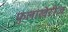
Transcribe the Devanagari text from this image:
फुलांखेरीज